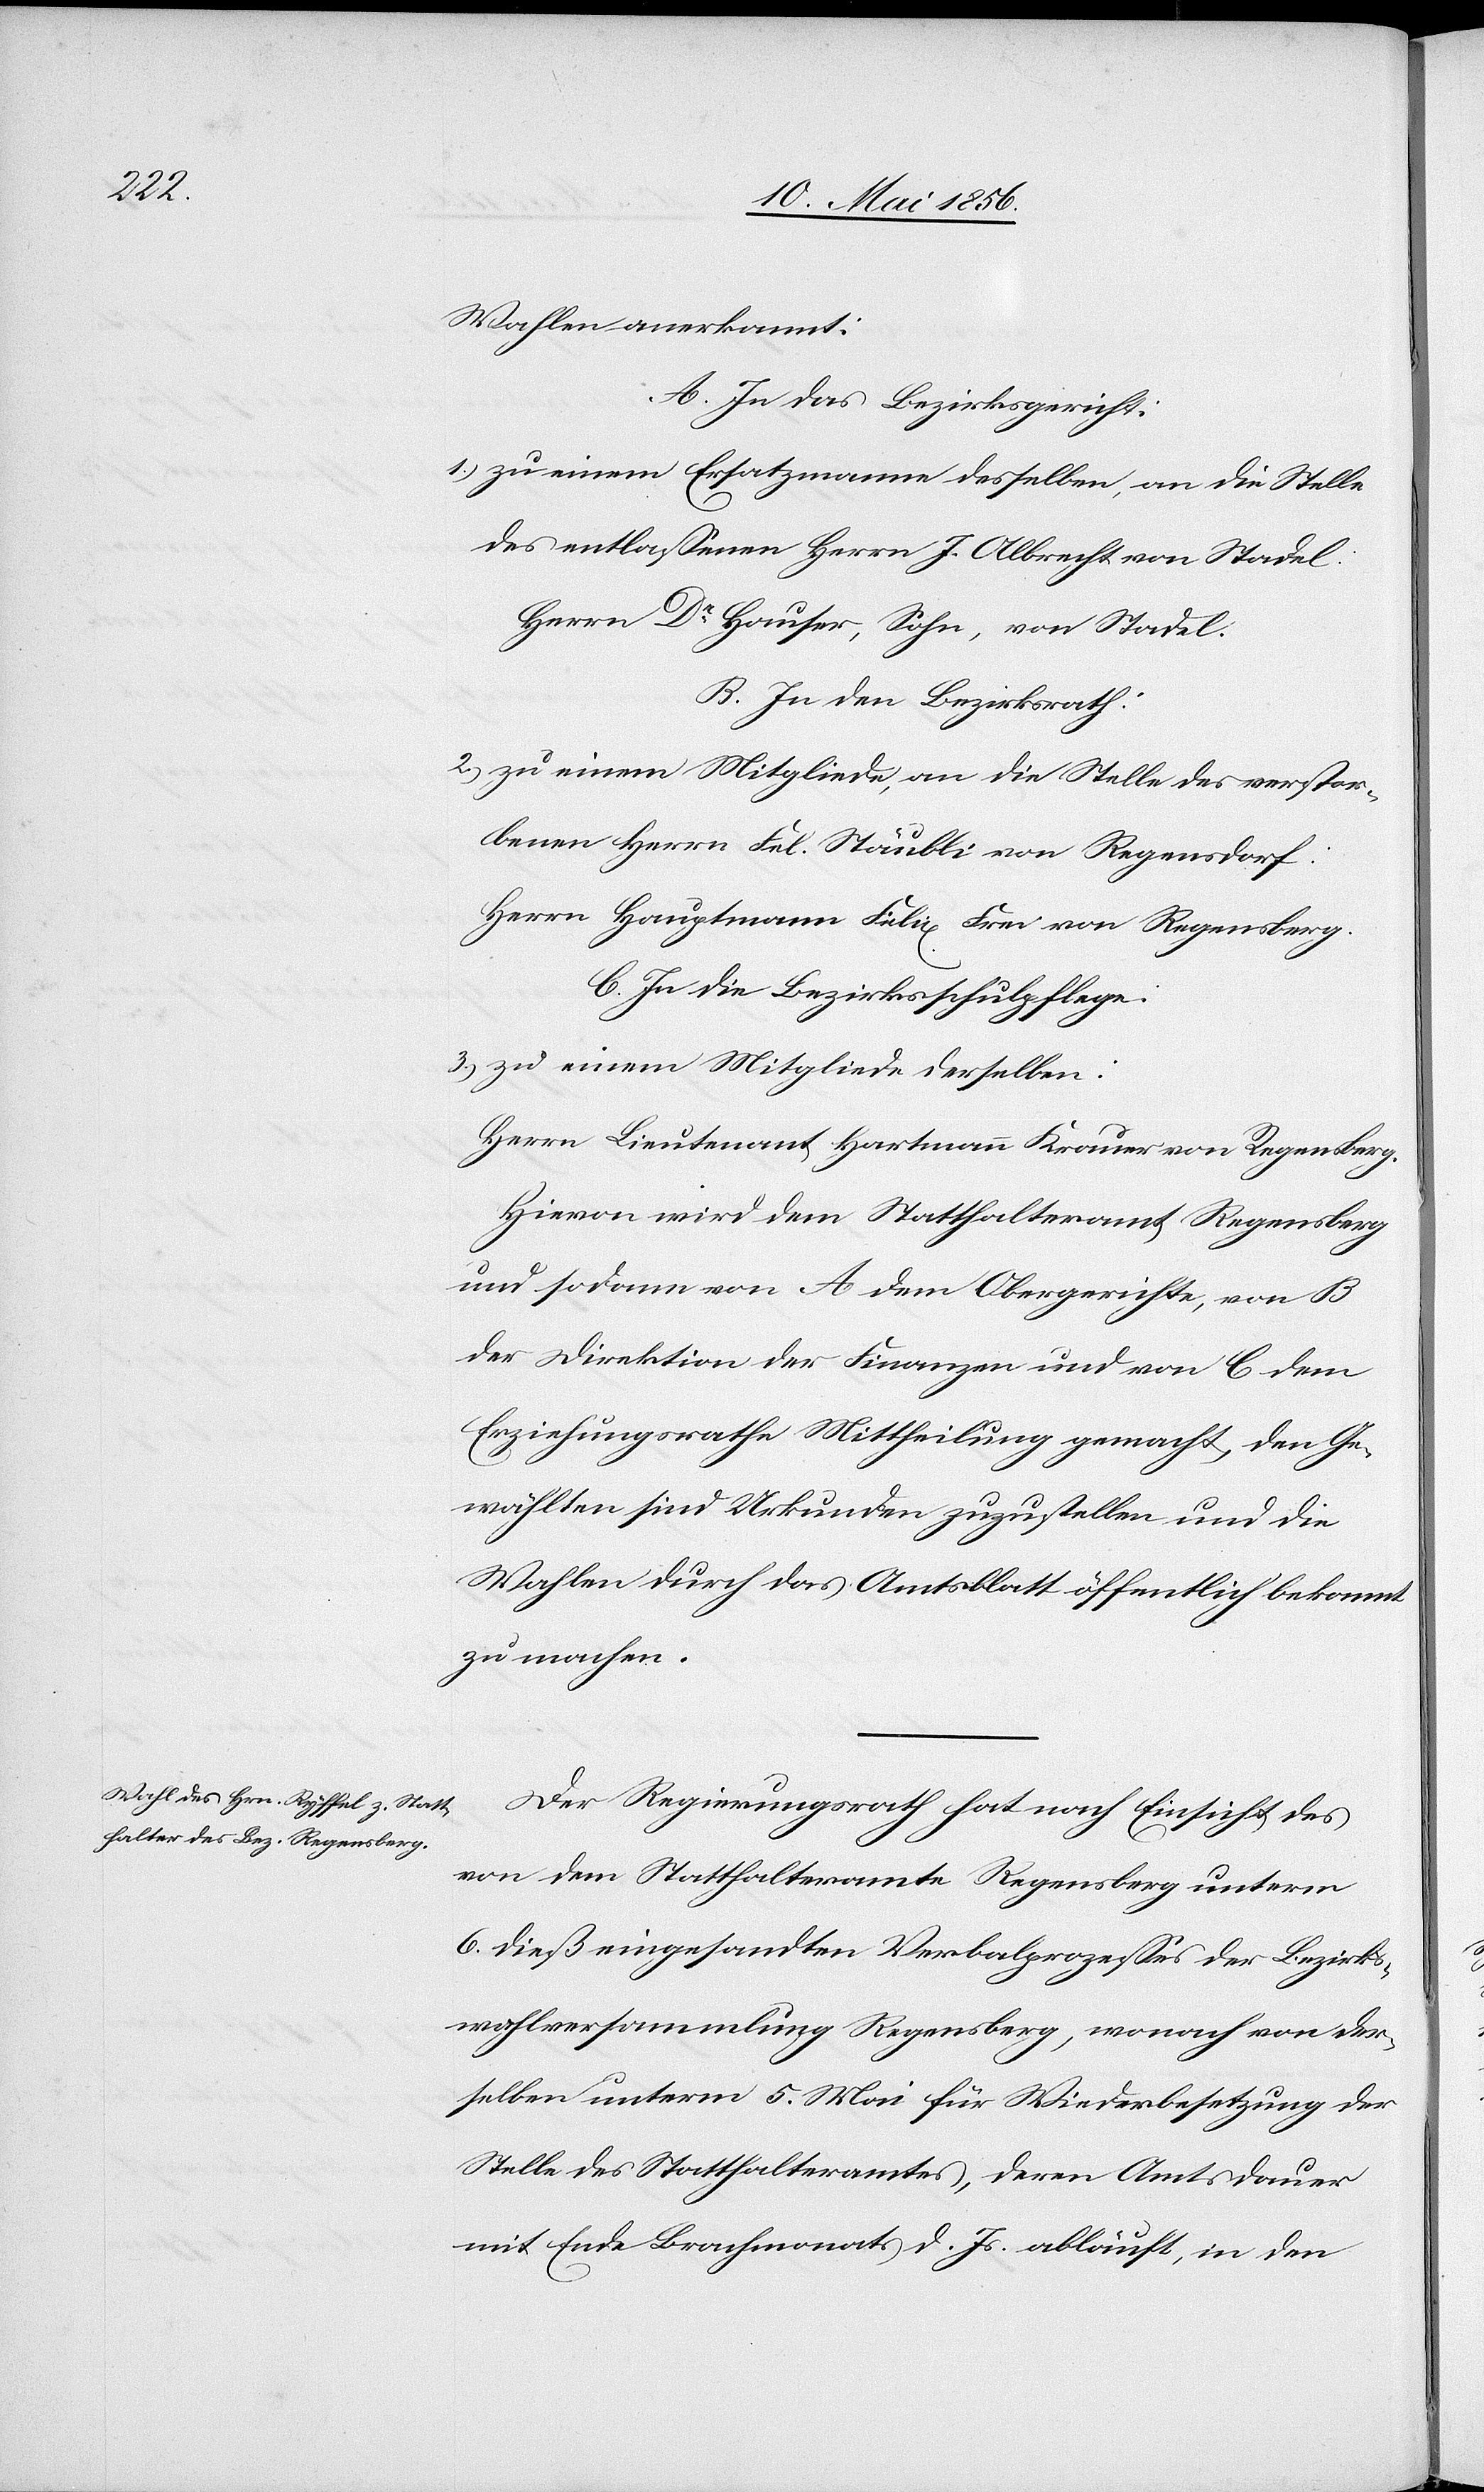
Wahlen anerkannt:
A. In das Bezirksgericht:
1.) zu einem Ersatzmanne desselben, an die Stelle
des entlassenen Herrn J. Albrecht von Stadel:
Herrn Dr Hauser, Sohn, von Stadel.
B. In den Bezirksrath:
2.) zu einem Mitgliede, an die Stelle des verstor¬
benen Herrn Fel. Stäubli von Regensdorf:
Herrn Hauptmann Felix Frei von Regensberg.
C. In die Bezirksschulpflege:
Herrn Lieutenant Hartmann Krauer von Regensberg.
Hievon wird dem Statthalteramt Regensberg
und sodann von A dem Obergerichte, von B
der Direktion der Finanzen und von C dem
Erziehungsrath Mittheilung gemacht, den Ge¬
wählten sind Urkunden zuzustellen und die
Wahlen durch das Amtsblatt öffentlich bekannt
zu machen.
Der Regierungsrath hat nach Einsicht des
von dem Statthalteramte Regensberg unterm
6. dieß eingesandten Verbalprozesses der Bezirks¬
wahlversammlung Regensberg, wonach von der¬
selben unterm 5. Mai für Wiederbesetzung der
Stelle des Statthalteramtes, deren Amtsdauer
mit Ende Brachmonat d. Js. abläuft, in den